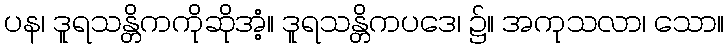
ပန၊ ဒူရသန္တိကကိုဆိုအံ့။ ဒူရသန္တိကပဒေ၊ ၌။ အကုသလာ၊ သော။